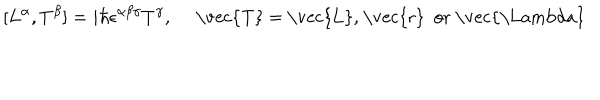
[ L ^ { \alpha } , T ^ { \beta } ] = i \hbar \epsilon ^ { \alpha \beta \gamma } T ^ { \gamma } , \quad \mathrm { ~ \vec { T } ~ = ~ \vec { L } , ~ \vec { r } ~ o r ~ \vec { \Lambda } ~ }